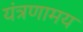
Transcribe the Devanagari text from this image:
यंत्रणामय